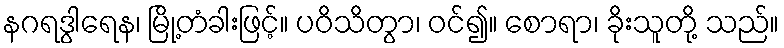
နဂရဒွါရေန၊ မြို့တံခါးဖြင့်။ ပဝိသိတွာ၊ ဝင်၍။ စောရာ၊ ခိုးသူတို့ သည်။